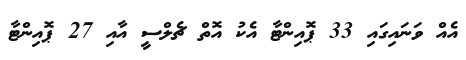
އެއް ވަނައިގައި 33 ޕޮއިންޓާ އެކު އޮތް ޗެލްސީ އާއި 27 ޕޮއިންޓާ